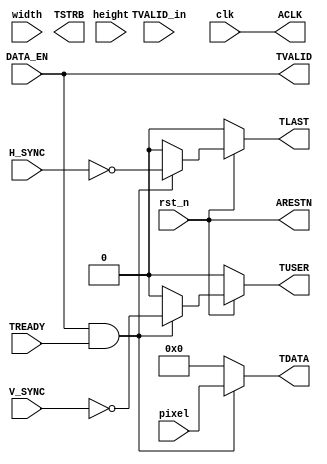
`timescale 1ns / 1ps
//////////////////////////////////////////////////////////////////////////////////
// Company: 
// Engineer: 
// 
// Design Name: 
// Module Name: VGA2AXI
// Project Name: 
// Target Devices: 
// Tool Versions: 
// Description: 
// 
// Dependencies: 
// 
// Revision:
// Revision 0.01 - File Created
// Additional Comments:
// 
//////////////////////////////////////////////////////////////////////////////////


module VGA2AXI(
    input H_SYNC,
    input V_SYNC,
    input DATA_EN,
    input [7:0] pixel,
    input clk,
    input rst_n,
    input TVALID_in,
    input [10:0] width,
	input [10:0] height,
	
    output ACLK,
    output ARESTN,
    output [7:0] TDATA,
    output TSTRB,
    output reg TLAST,
    output TVALID,
    output reg TUSER,
    input TREADY
    );
    //parameter delay_time = 3;
//    parameter cycle_delay = 4*height - 3 + 2 + 3;
//    parameter cycle_complete = height*width + 4*height - 3 + 2 + 3;

    
//    assign TVALID = cnt <= (6*height + 11) ? 0 : 
//                           ((cnt < (height*width + 6*height + 11) && cnt > (height*width))? 1 : TVALID_in);
    assign TDATA = (TVALID == 1 && TREADY == 1)? pixel : 8'd0;
    assign ACLK = clk;
    assign ARESTN = rst_n;
    assign TVALID = DATA_EN;
    
    always@(*)
    begin
        if(~ARESTN)
            TLAST = 0;
        else
        begin
            if(TVALID == 1 && TREADY == 1)
                TLAST = ~H_SYNC;
            else
                TLAST = 0;
        end
    end
    
    always@(*)
    begin
        if(~ARESTN)
            TUSER = 0;
        else
        begin
            if(TVALID == 1 && TREADY == 1)
                TUSER = ~V_SYNC;
            else
                TUSER = 0;
        end
    end
    
//    reg [19:0] cnt;
//    always@(posedge clk or negedge rst_n)
//    begin
//        if(~rst_n)
//            cnt <= 0;
//         else
//         begin
//            if(TVALID_in == 1)
//                cnt <= cnt + 1;
//            else if(cnt > height*width)
//                cnt <= cnt + 1;
//            else
//                cnt <= cnt;
//         end
//    end
endmodule